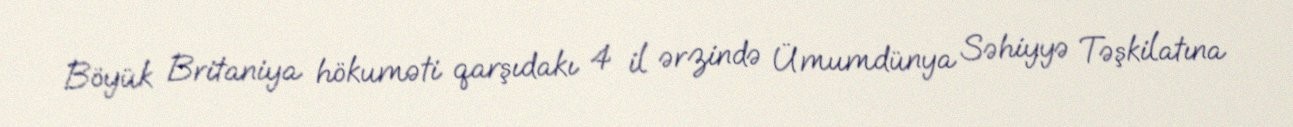
Böyük Britaniya hökuməti qarşıdakı 4 il ərzində Ümumdünya Səhiyyə Təşkilatına